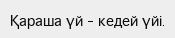
Қараша үй – кедей үйі.